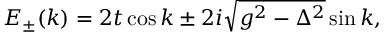
E _ { \pm } ( k ) = 2 t \cos k \pm 2 i \sqrt { g ^ { 2 } - \Delta ^ { 2 } } \sin k ,